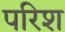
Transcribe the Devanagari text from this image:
परिश